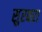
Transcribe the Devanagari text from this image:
सुरबरा